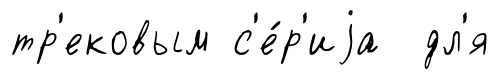
тр'ековым с'е́р'иjа дл'я